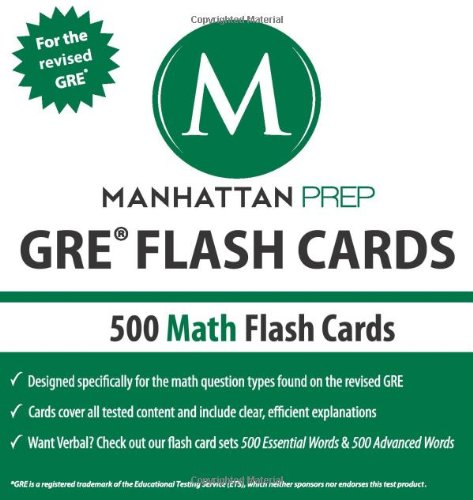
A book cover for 500 GRE Math Flash Cards (Manhattan Prep GRE Strategy Guides); Manhattan Prep; Test Preparation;